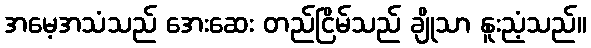
အမေ့အသံသည် အေးဆေး တည်ငြိမ်သည် ချိုသာ နူးညံ့သည်။